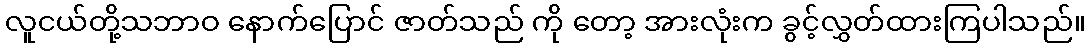
လူငယ်တို့သဘာဝ နောက်ပြောင် ဇာတ်သည် ကို တော့ အားလုံးက ခွင့်လွှတ်ထားကြပါသည်။